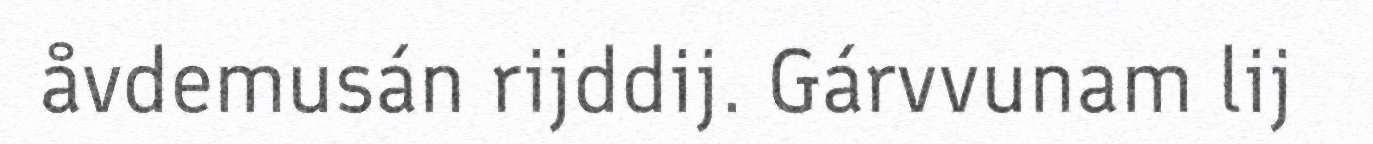
åvdemusán rijddij. Gárvvunam lij